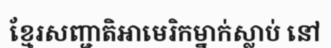
ខ្មែរសញ្ជាតិអាមេរិកម្នាក់ស្លាប់ នៅ